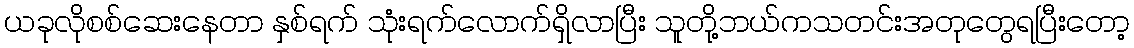
ယခုလိုစစ်ဆေးနေတာ နှစ်ရက် သုံးရက်လောက်ရှိလာပြီး သူတို့ဘယ်ကသတင်းအတုတွေရပြီးတော့